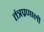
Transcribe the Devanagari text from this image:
तंत्रप्रणाली